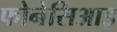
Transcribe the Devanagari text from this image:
फोनेसिआइ